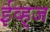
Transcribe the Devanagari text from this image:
ईव्ह्‌ज